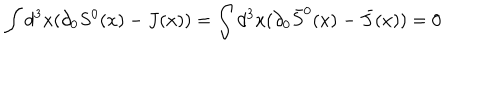
\int d ^ { 3 } x ( \partial _ { 0 } S ^ { 0 } ( x ) - J ( x ) ) = \int d ^ { 3 } x ( \partial _ { 0 } \bar { S } ^ { 0 } ( x ) - \bar { J } ( x ) ) = 0